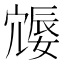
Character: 𪧩